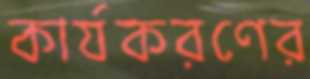
কার্যকরণের